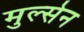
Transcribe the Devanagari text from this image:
मुल्सेन